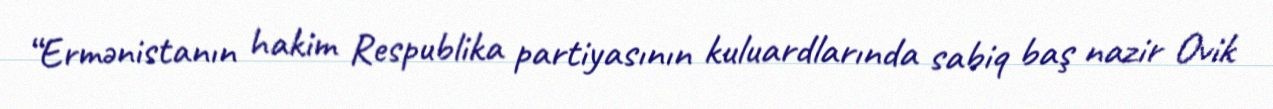
“Ermənistanın hakim Respublika partiyasının kuluardlarında sabiq baş nazir Ovik